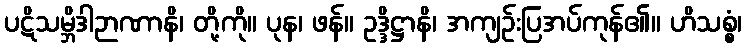
ပဋိသမ္ဘိဒါဉာဏာနိ၊ တို့ကို။ ပုန၊ ဖန်။ ဥဒ္ဒိဋ္ဌာနိ၊ အကျဉ်းပြအပ်ကုန်၏။ ဟိသစ္စံ၊